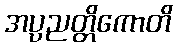
အပ္ပညတ္တိကောတိ